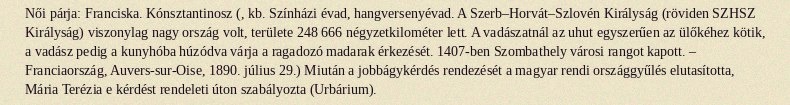
Női párja: Franciska. Kónsztantinosz (, kb. Színházi évad, hangversenyévad. A Szerb–Horvát–Szlovén Királyság (röviden SZHSZ Királyság) viszonylag nagy ország volt, területe 248 666 négyzetkilométer lett. A vadászatnál az uhut egyszerűen az ülőkéhez kötik, a vadász pedig a kunyhóba húzódva várja a ragadozó madarak érkezését. 1407-ben Szombathely városi rangot kapott. – Franciaország, Auvers-sur-Oise, 1890. július 29.) Miután a jobbágykérdés rendezését a magyar rendi országgyűlés elutasította, Mária Terézia e kérdést rendeleti úton szabályozta (Urbárium).